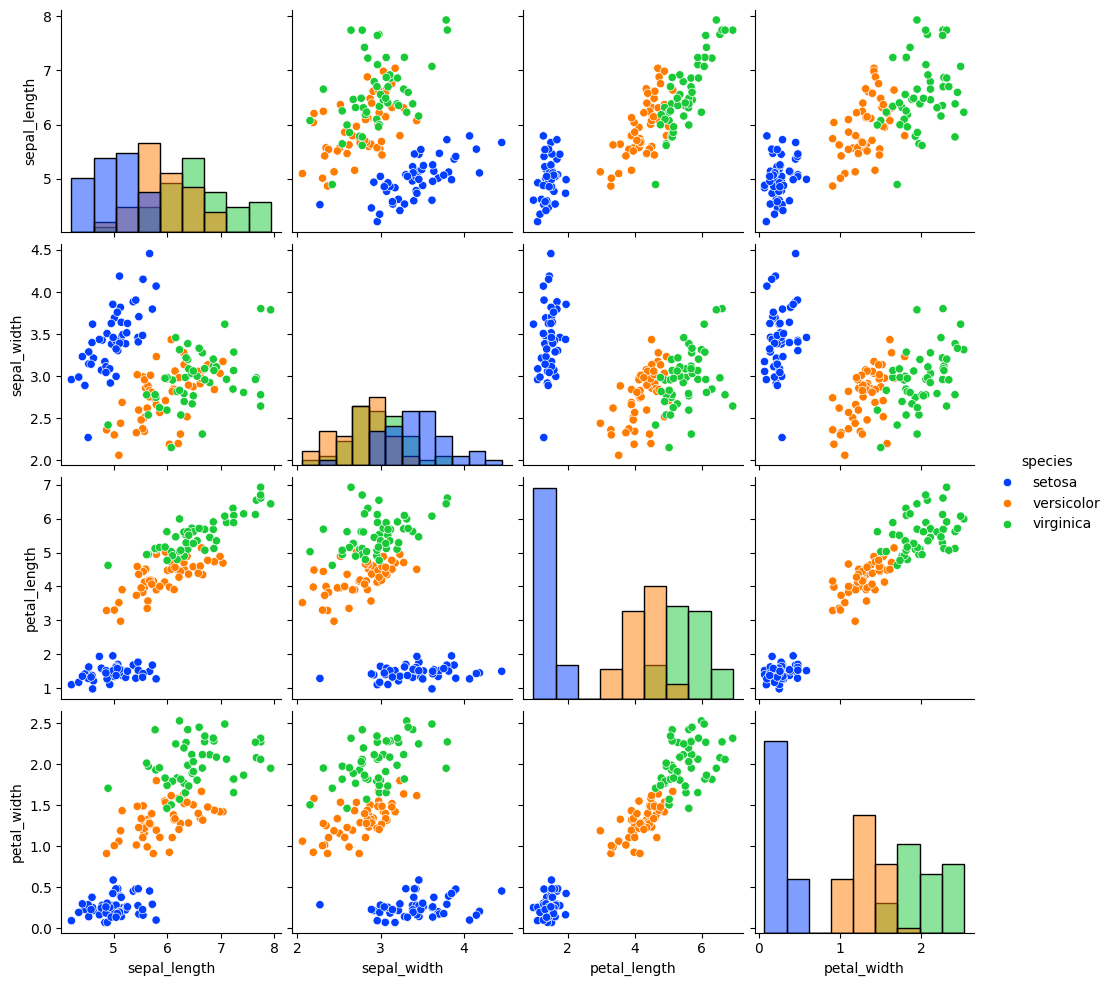
python, seaborn, pairplot, palette='bright', markers=['o'], kind='scatter', diag_kind='hist'